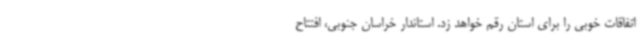
اتفاقات خوبی را برای استان رقم خواهد زد. استاندار خراسان جنوبی، افتتاح